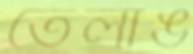
তেলাঙ